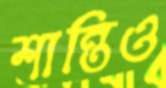
শান্তিও